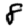
Digit: 8